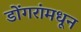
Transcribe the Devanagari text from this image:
डोंगरांमधून